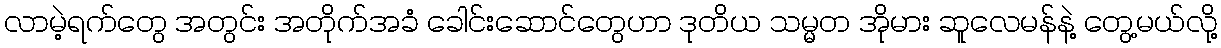
လာမဲ့ရက်တွေ အတွင်း အတိုက်အခံ ခေါင်းဆောင်တွေဟာ ဒုတိယ သမ္မတ အိုမား ဆူလေမန်နဲ့ တွေ့မယ်လို့